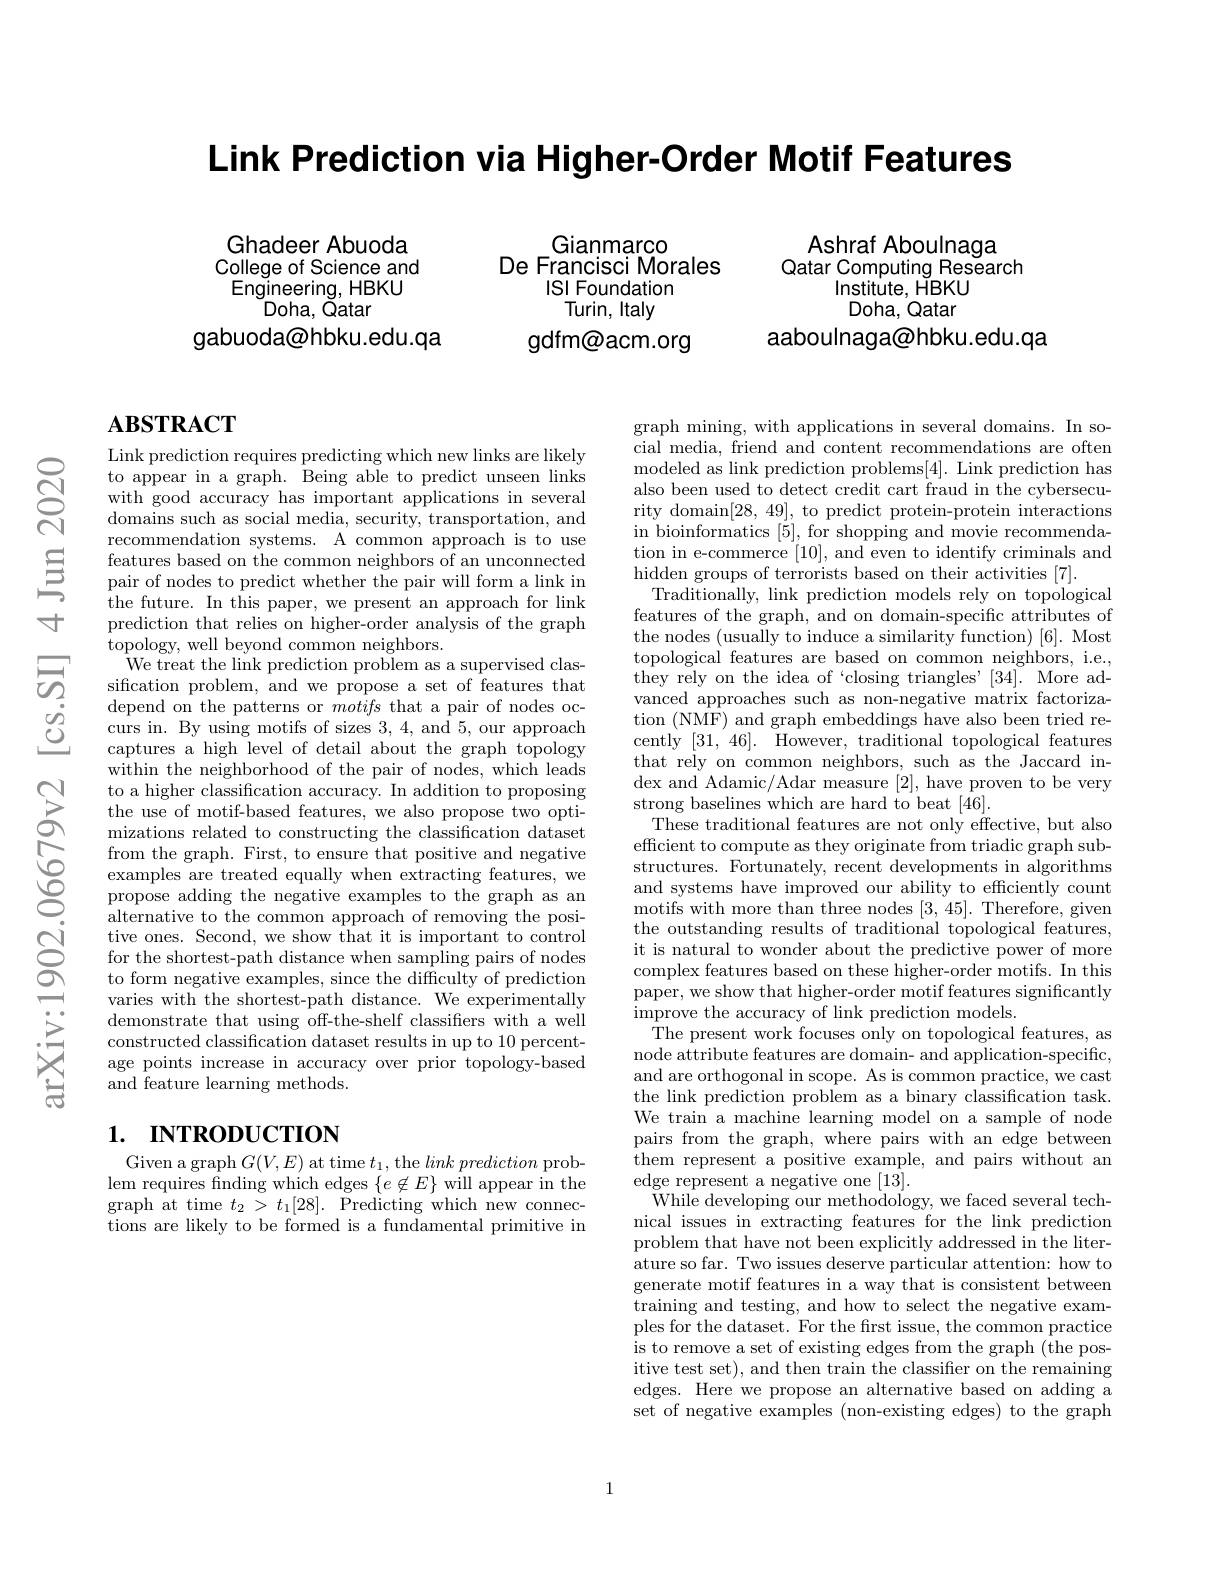
Link Prediction via Higher-Order Motif Features

Ghadeer Abuoda College of Science and Engineering, HBKU
 Doha, Qatar
gabuoda@hbku.edu.qa

Gianmarco
De Francisci Morales
ISI Foundation
Turin, Italy
gdfm@acm.org

Ashraf Aboulnaga
Qatar Computing Research
Institute, HBKU Doha, Qatar
aaboulnaga@hbku.edu.qa

# $\mathbf{ABSTRACT}$

Link prediction requires predicting which new links are likely to appear in a graph. Being able to predict unseen links with good accuracy has important applications in several domains such as social media, security, transportation, and recommendation systems. A common approach is to use features based on the common neighbors of an unconnected pair of nodes to predict whether the pair will form a link in the future. In this paper, we present an approach for link prediction that relies on higher-order analysis of the graph topology, well beyond common neighbors.
We treat the link prediction problem as a supervised classification problem, and we propose a set of features that depend on the patterns or motifs that a pair of nodes occurs in. By using motifs of sizes 3,4, and 5, our approach captures a high level of detail about the graph topology within the neighborhood of the pair of nodes, which leads to a higher classification accuracy. In addition to proposing the use of motif-based features, we also propose two optimizations related to constructing the classification dataset from the graph. First, to ensure that positive and negative examples are treated equally when extracting features, we propose adding the negative examples to the graph as an alternative to the common approach of removing the positive ones. Second, we show that it is important to control for the shortest-path distance when sampling pairs of nodes to form negative examples, since the difficulty of prediction varies with the shortest-path distance. We experimentally demonstrate that using off-the-shelf classifiers with a well constructed classification dataset results in up to 10 percentage points increase in accuracy over prior topology-based and feature learning methods.

## 1. INTRODUCTION

Given a graph $G(V,E)$ at time $t_1$, the $link\textit{ prediction prob- }$ lem requires finding which edges $\{e\not\in E\}$ will appear in the graph at time $t_2>t_1[28].$ Predicting which new connections are likely to be formed is a fundamental primitive in

graph mining, with applications in several domains. In social media, friend and content recommendations are often modeled as link prediction problems[4]. Link prediction has also been used to detect credit cart fraud in the cybersecurity domain[28,49], to predict protein-protein interactions in bioinformatics [5], for shopping and movie recommendation in e-commerce [10], and even to identify criminals and hidden groups of terrorists based on their activities [7].
Traditionally, link prediction models rely on topological features of the graph, and on domain-specific attributes of the nodes (usually to induce a similarity function) [6]. Most topological features are based on common neighbors, i.e., they rely on the idea of `closing triangles'[34]. More advanced approaches such as non-negative matrix factorization (NMF) and graph embeddings have also been tried recently [31,46]. However, traditional topological features that rely on common neighbors, such as the Jaccard index and Adamic/Adar measure [2], have proven to be very strong baselines which are hard to beat [46].
These traditional features are not only effective, but also efficient to compute as they originate from triadic graph substructures. Fortunately, recent developments in algorithms and systems have improved our ability to effciently count motifs with more than three nodes [3,45]. Therefore, given the outstanding results of traditional topological features, it is natural to wonder about the predictive power of more complex features based on these higher-order motifs. In this improve the accuracy of link prediction models.
The present work focuses only on topological features, as node attribute features are domain- and application-specific, and are orthogonal in scope. As is common practice, we cast the link prediction problem as a binary classification task. We train a machine learning model on a sample of node pairs from the graph, where pairs with an edge between $\hat{\text{them represent a positive example, and pairs without an}}$ edge represent a negative one [13].
${\mathrm{While~developing~our~methodology,~we~faced~several~tech-}}$ nical issues in extracting features for the link prediction problem that have not been explicitly addressed in the literature so far. Two issues deserve particular attention: how to generate motif features in a way that is consistent between training and testing, and how to select the negative examples for the dataset. For the frst issue, the common practice is to remove a set of existing edges from the graph (the positive test set), and then train the classifier on the remaining edges. Here we propose an alternative based on adding a set of negative examples (non-existing edges) to the graph

1